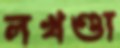
লখণ্ডা